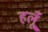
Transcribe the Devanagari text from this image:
हलूँ